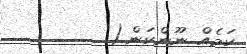
ކަމެއް ނޫންކަން.(